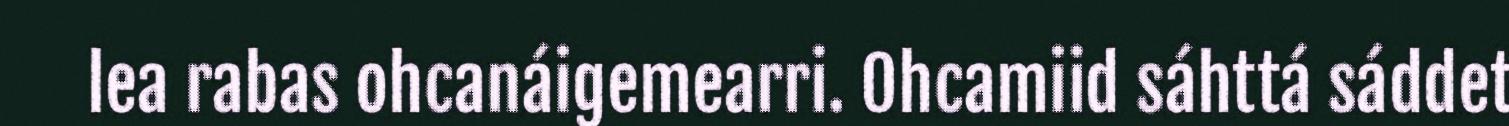
lea rabas ohcanáigemearri. Ohcamiid sáhttá sáddet